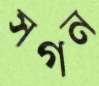
সগন